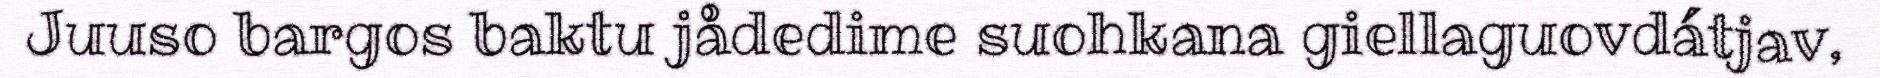
Juuso bargos baktu jådedime suohkana giellaguovdátjav,